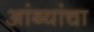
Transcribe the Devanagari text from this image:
आंब्यांचा